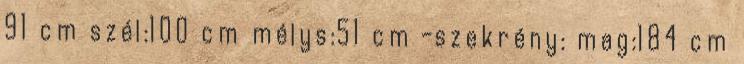
91 cm szél:100 cm mélys:51 cm -szekrény: mag:184 cm